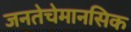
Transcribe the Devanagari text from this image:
जनतेचेमानसिक